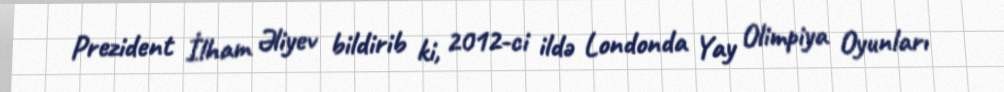
Prezident İlham Əliyev bildirib ki, 2012-ci ildə Londonda Yay Olimpiya Oyunları